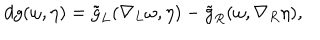
d g ( \omega , \eta ) = \tilde { g } _ { L } ( \nabla _ { L } \omega , \eta ) - \tilde { g } _ { R } ( \omega , \nabla _ { R } \eta ) ,